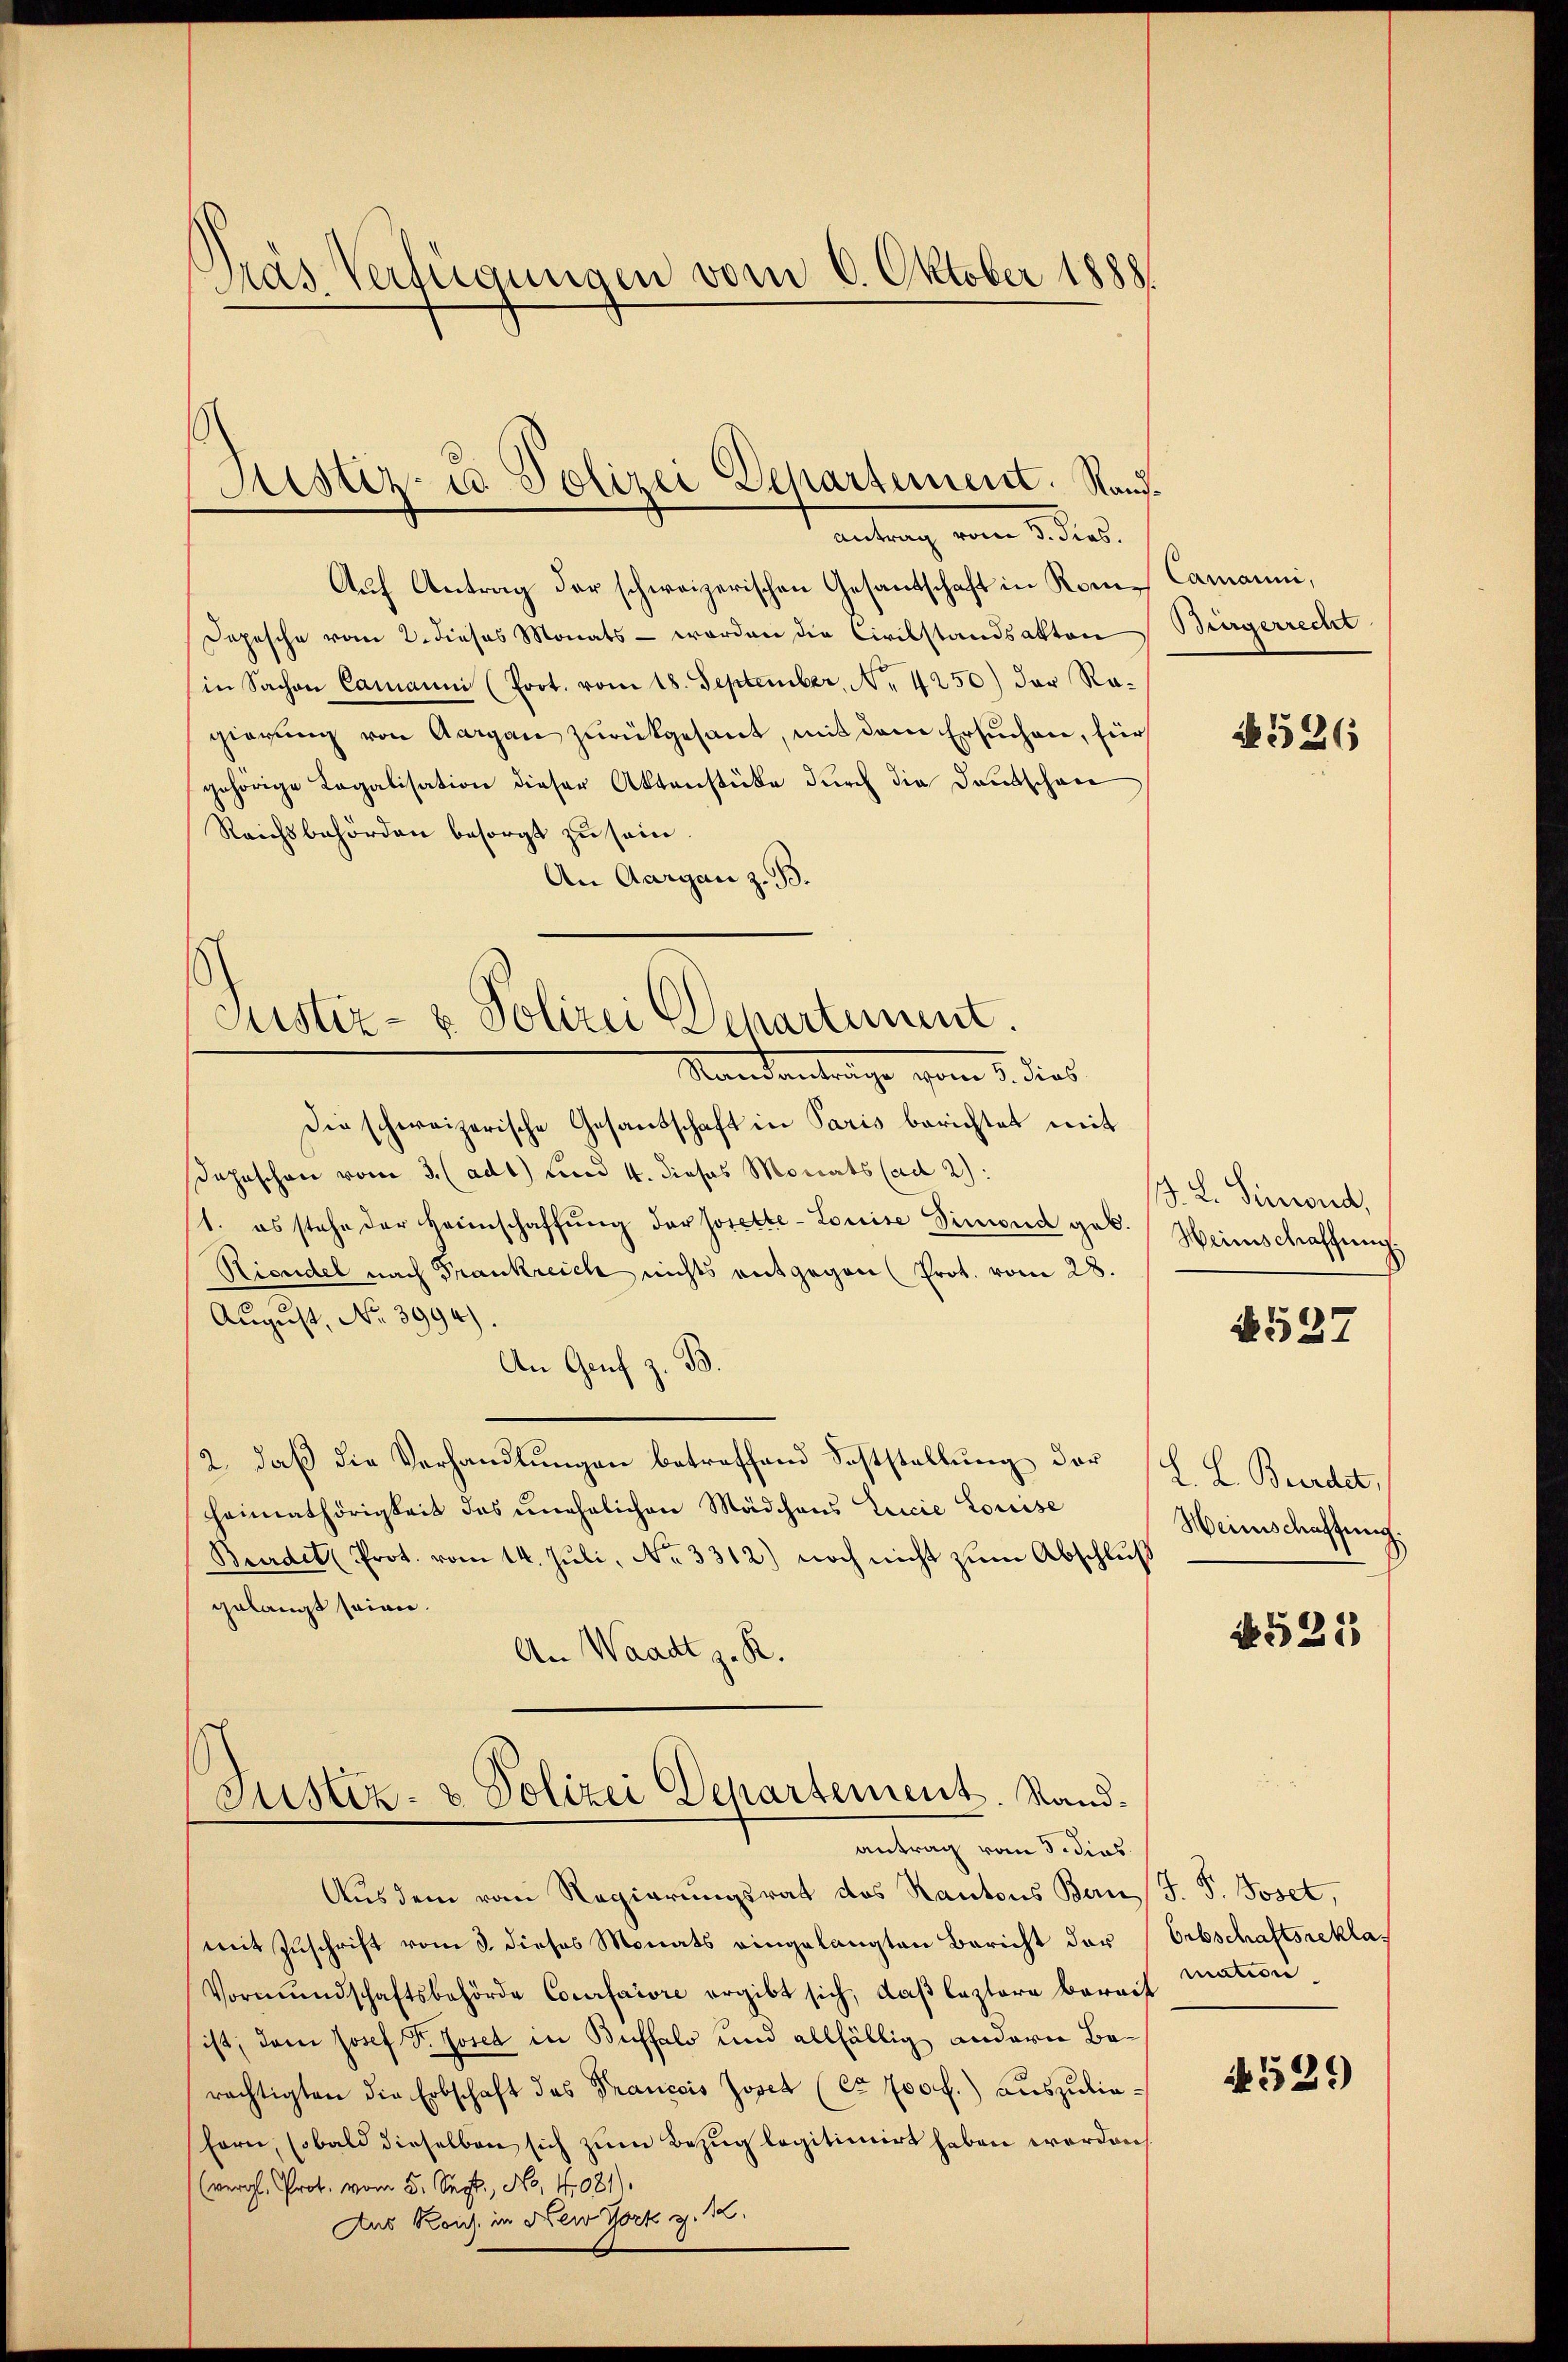
Pras Verfügungen vom 6. Oktober 1888.

Auf Antrag der schweizerischen Gesantschaft in Rom-Camanni,
Depesche vom 2. dieses Monats - worden die Civilstandsakten
in Sachen Camanni (Prot. vom 18. September, No. 4250) der Rogierung von Aargau zurückgesant, mit dem Ersuchen, für
gehörige Regalisation dieser Aktenstüke durch die Deutschen
Reichsbehörden besorgt zu sein.
An Aargau z. B.

Justiz- u Polizei Departement. Nand¬
Antrag vom 3. dies.

Justiz- & Polizei Departement.
Mandanträge vom 1. dies

die schweizerische Gesandschaft in Paris berichtet mit
Dahaschen vom 3. (ad 1) und 4. dieses Monats (ad 2):
1. es stehe der Heimschaffŭng der Josette-Louise Simond geb.
Rioudel nach Frankreich nichts entgegen (Prot. vom 28.
August, No 3994)
An Genf z. B.
2. daß die Verhandlungen betreffend Feststellung der
Heimathörigkeit des unehelichen Mädchens Ericie Louise
Burdet Prot. vom 14. Juli, No 3312) noch nicht zum Abschluß
gelangt seien.
An Waadt z. R.

Justiz- & Polizei Departement. Sandantrag vom 3. dies

Aus dem vom Regierungsrat des Kantons Ban J. P. Joset,
mit Zuschrift vom 3. dieses Monats eingelangten Bericht der
Vormŭndschaftsbehörde Corrfaire ergibt sich, daβ leztere berech mation
ist, dann Josef Fr. Josef in Buffalo und allfällig andern Barächtigten die Erbschaft das Franccis Josef (ca 700 f.) auszulieforn, sobald dieselben sich zum Bezug legitimirt haben worden,
 Pr. vom 5. Sept No. 4081).
Aus Reich in New York z. 32.

Bürgerrecht

N 526

J. L. Finand,
Heimschaffung.

B527

L. L. Beerdit,
Heinschaffung.

N 521

Erbschaftsrekla¬

1529